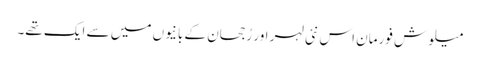
میلوش فورمان اس نئی لہر اور رُجحان کے بانیوں میں سے ایک تھے۔